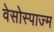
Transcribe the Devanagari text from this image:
वेसोस्पाज्म